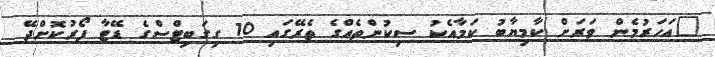
"އަހަރުމެން ވަރަށް ކާމިޔާބު ކަމާއެކު ސިކުންތެއްގެ ތެރޭގައި 10 ގިގަބިޓްސްގެ ޑޭޓާ ފޯރުކޮށްދޭ